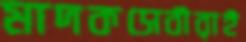
মাদকসেবীরাই